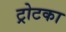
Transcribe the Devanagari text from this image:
ट्रोटका